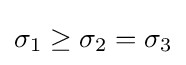
\sigma _{1}\geq \sigma _{2}=\sigma _{3}